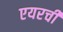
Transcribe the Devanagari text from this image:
एयरची